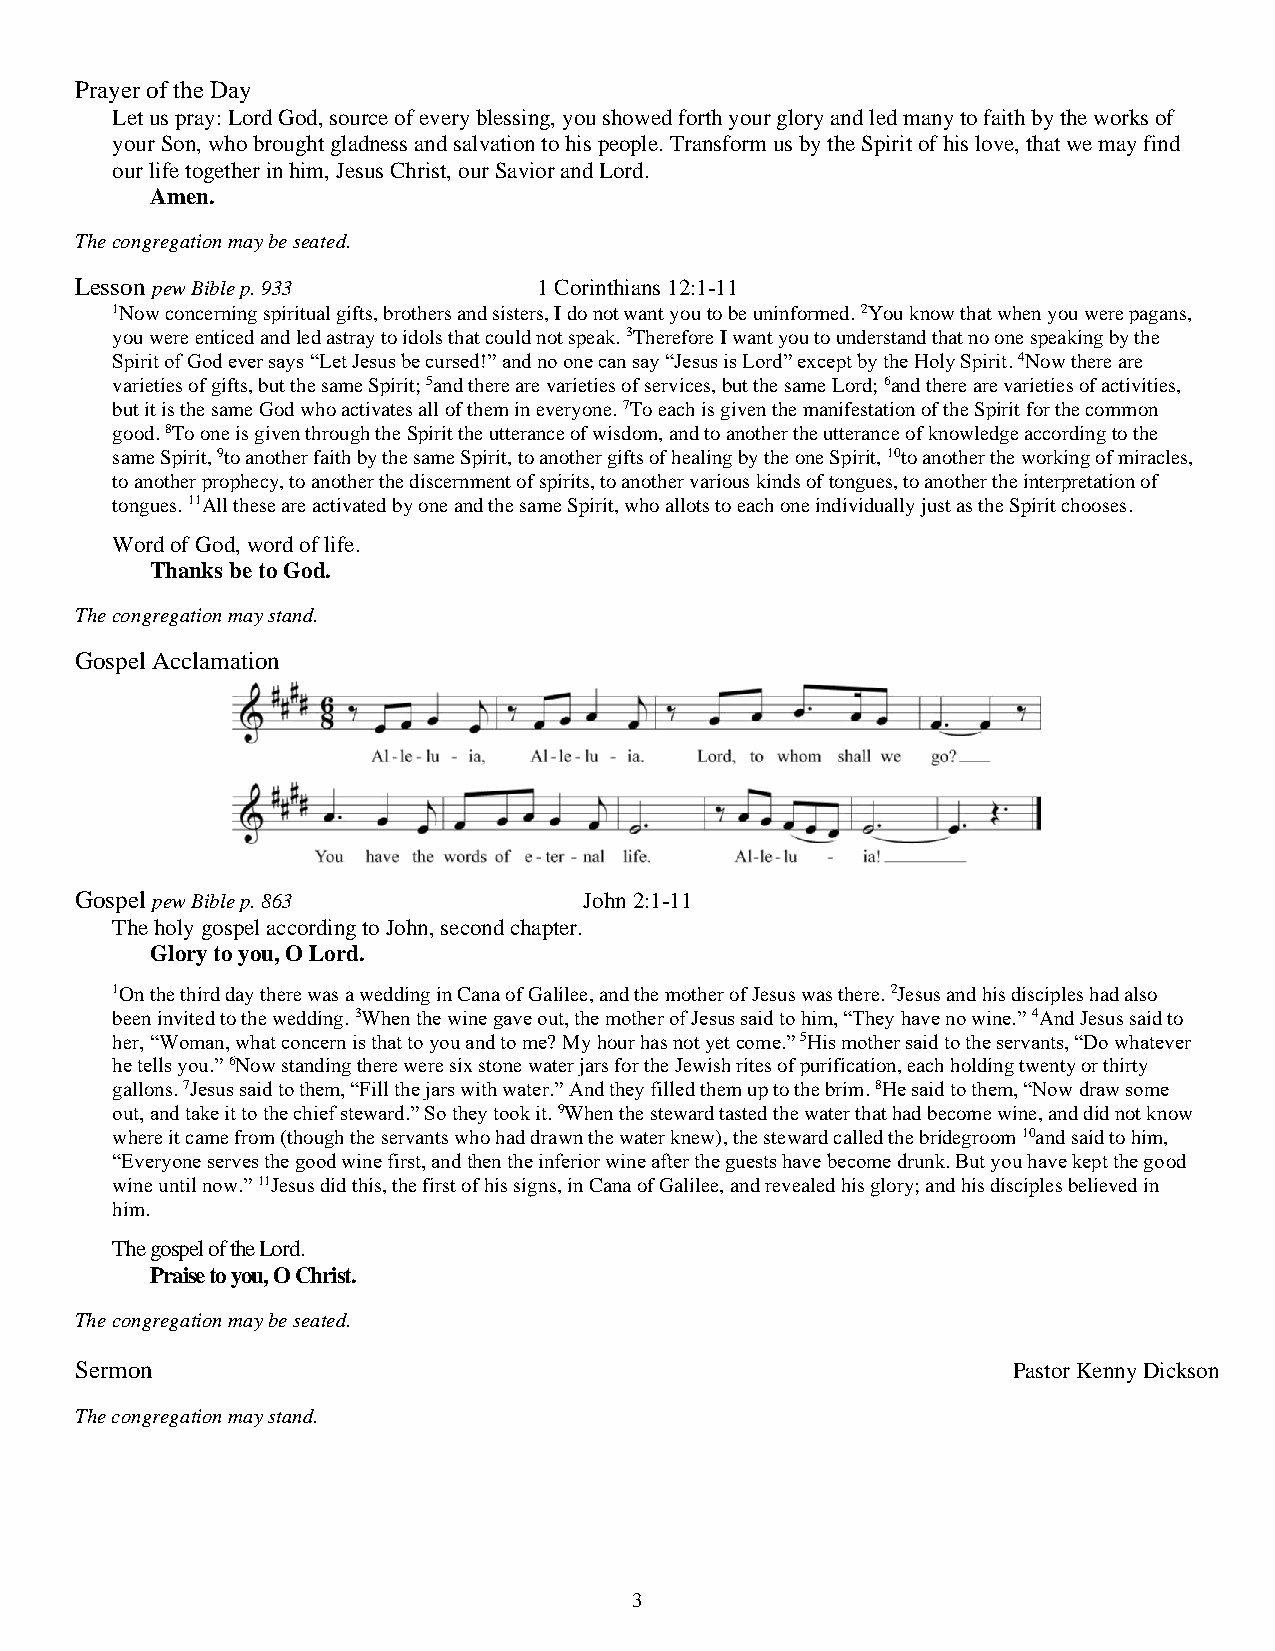
Prayer of the Day
 Let us pray: Lord God, source of every blessing, you showed forth your glory and led many to faith by the works of
 your Son, who brought gladness and salvation to his people. Transform us by the Spirit of his love, that we may find
 our life together in him, Jesus Christ, our Savior and Lord.
 Amen.
 The congregation may be seated.
 Lesson pew Bible p. 933        1 Corinthians 12:1-11
 1Now concerning spiritual gifts, brothers and sisters, I do not want you to be uninformed. 2You know that when you were pagans,
 you were enticed and led astray to idols that could not speak. 3Therefore I want you to understand that no one speaking by the
 Spirit of God ever says “Let Jesus be cursed!” and no one can say “Jesus is Lord” except by the Holy Spirit. 4Now there are
 varieties of gifts, but the same Spirit; 5and there are varieties of services, but the same Lord; 6and there are varieties of activities,
 but it is the same God who activates all of them in everyone. 7To each is given the manifestation of the Spirit for the common
 good. 8To one is given through the Spirit the utterance of wisdom, and to another the utterance of knowledge according to the
 same Spirit, 9to another faith by the same Spirit, to another gifts of healing by the one Spirit, 10to another the working of miracles,
 to another prophecy, to another the discernment of spirits, to another various kinds of tongues, to another the interpretation of
 tongues. 11All these are activated by one and the same Spirit, who allots to each one individually just as the Spirit chooses.
 Word of God, word of life.
 Thanks be to God.
 The congregation may stand.
 Gospel Acclamation
 Gospel pew Bible p. 863           John 2:1-11
 The holy gospel according to John, second chapter.
 Glory to you, O Lord.
 1On the third day there was a wedding in Cana of Galilee, and the mother of Jesus was there. 2Jesus and his disciples had also
 been invited to the wedding. 3When the wine gave out, the mother of Jesus said to him, “They have no wine.” 4And Jesus said to
 her, “Woman, what concern is that to you and to me? My hour has not yet come.” 5His mother said to the servants, “Do whatever
 he tells you.” 6Now standing there were six stone water jars for the Jewish rites of purification, each holding twenty or thirty
 gallons. 7Jesus said to them, “Fill the jars with water.” And they filled them up to the brim. 8He said to them, “Now draw some
 out, and take it to the chief steward.” So they took it. 9When the steward tasted the water that had become wine, and did not know
 where it came from (though the servants who had drawn the water knew), the steward called the bridegroom 10and said to him,
 “Everyone serves the good wine first, and then the inferior wine after the guests have become drunk. But you have kept the good
 wine until now.” 11Jesus did this, the first of his signs, in Cana of Galilee, and revealed his glory; and his disciples believed in
 him.
 The gospel of the Lord.
 Praise to you, O Christ.
 The congregation may be seated.
 Sermon                                                        Pastor Kenny Dickson
 The congregation may stand.
 3